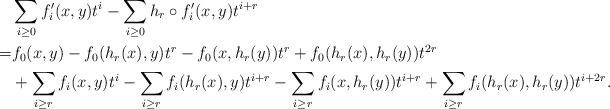
LaTeX: \begin{align*}&\sum_{i\geq 0}f_i'(x, y)t^i-\sum_{i\geq 0}h_r\circ f_i'(x, y)t^{i+r}\\=&f_0(x, y)-f_0(h_r(x), y)t^r-f_0(x, h_r(y))t^r+f_0(h_r(x), h_r(y))t^{2r}\\ &+\sum_{i\geq r}f_i(x, y)t^i-\sum_{i\geq r}f_i(h_r(x), y)t^{i+r}-\sum_{i\geq r}f_i(x, h_r(y))t^{i+r}+\sum_{i\geq r}f_i(h_r(x), h_r(y))t^{i+2r}.\end{align*}